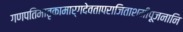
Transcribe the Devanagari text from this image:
गणपतिमातृकामार्गदेवतापराजिताशमीपूजनानि